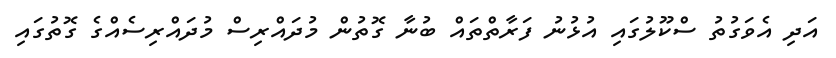
އަދި އެވަގުތު ސްކޫލުގައި އުޅުނު ފަރާތްތައް ބުނާ ގޮތުން މުދައްރިސް މުދައްރިސެއްގެ ގޮތުގައި